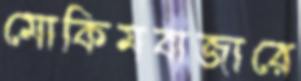
মোকিমবাজারে